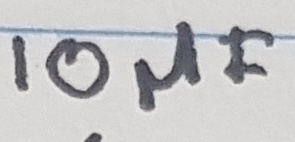
Text: 10µF